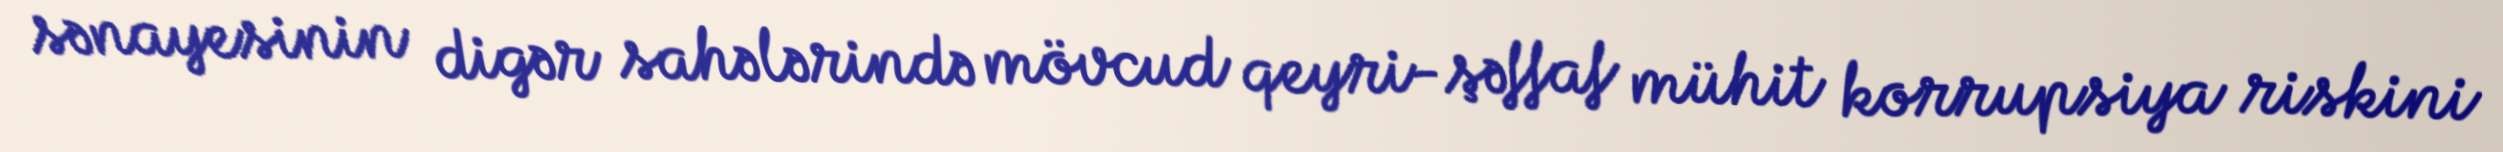
sənayesinin digər sahələrində mövcud qeyri-şəffaf mühit korrupsiya riskini